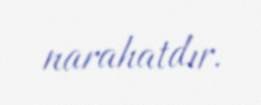
narahatdır.